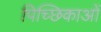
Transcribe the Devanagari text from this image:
पिच्छिकाओं